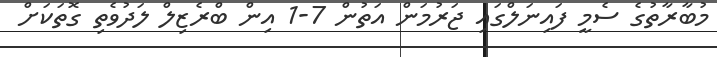
މުބާރާތުގެ ސެމީ ފައިނަލްގައި ޖަރުމަން އަތުން 7-1 އިން ބްރެޒިލް ލަދުވެތި ގޮތަކަށް